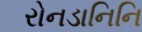
રોનડાનિનિ